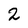
Character: 2